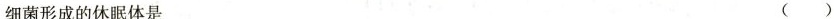
细菌形成的休眠体是 ()